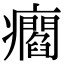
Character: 㿕